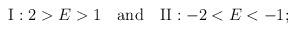
LaTeX: \begin{align*}{\rm I}: 2>E>1 \quad \hbox{and} \quad {\rm II}: -2<E<-1;\end{align*}